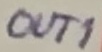
Text: OUT1